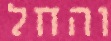
והחל